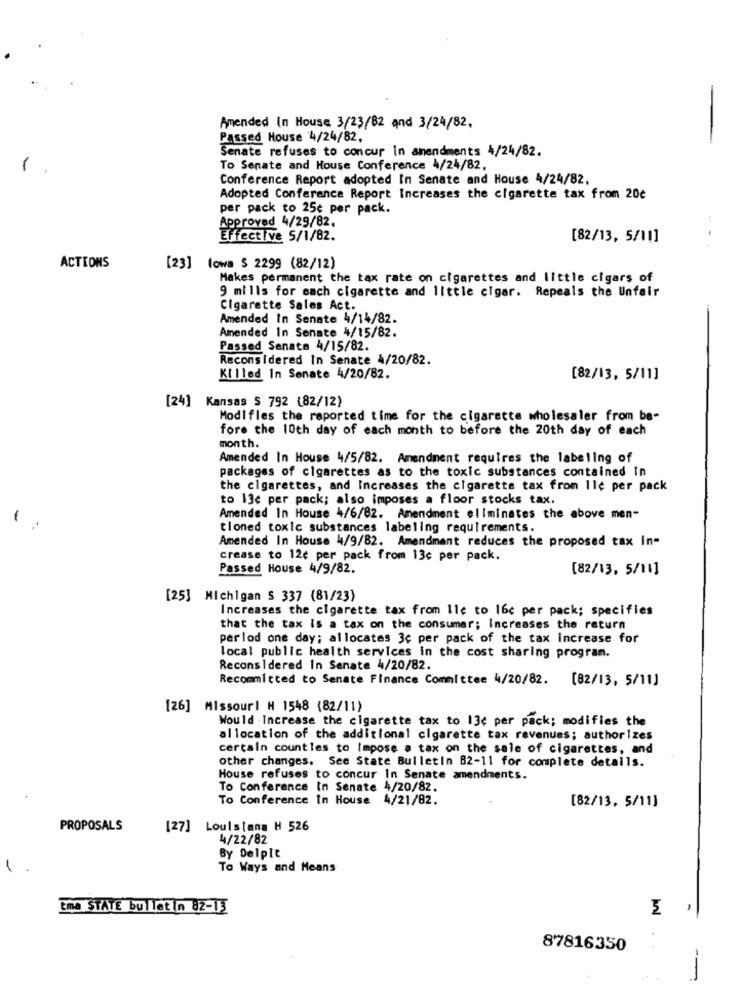
Amended In House 3/23/82 and 3/24/82.
Passed House 4/24/82.
-
Senate refuses to concur in amendments 4/24/82.
-
To Senate and House Conference 4/24/82.
Conference Report adopted In Senate and House 4/24/82.
Adopted Conference Report Increases the cigarette tax from 20€
per pack to 25c per pack.
Approved 4/29/82.
Effective 5/1/82.
[82/13, 5/11]
ACTIONS
[23] lowa $ 2299 (82/12)
Makes permanent the tax rate on cigarettes and little cigars of
9 mills for each cigarette and little cigar. Repeals the Unfair
Cigarette Sales Act.
Amended In Senate 4/14/82.
Amended In Senate 4/15/82.
Passed Senate 4/15/82.
Reconsidered In Senate 4/20/82.
Killed In Senate 4/20/82.
[82/13, 5/11]
[24] Kansas $ 792 (82/12)
Modifles the reported time for the cigarette wholesaler from be-
fore the 10th day of each month to before the 20th day of each
month.
Amended In House 4/5/82. Amendment requires the labeling of
packages of cigarettes as to the toxic substances contained In
the cigarettes, and Increases the cigarette tax from Ile per pack
to 13e per pack; also imposes a floor stocks tax.
-
Amended In House 4/6/82. Amendment eliminates the above men-
tloned toxic substances labeling requirements.
Amended In House 4/9/82. Amendment reduces the proposed tax In-
crease to 12¢ per pack from 13c per pack.
Passed House 4/9/82.
[82/13. 5/11]
[25] Michigan $ 337 (81/23)
Increases the cigarette tax from Ile to 16c per pack; specifies
that the tax is a tax on the consumer; Increases the return
perlod one day; allocates 3c per pack of the tax increase for
local public health services in the cost sharing program.
Reconsidered In Senate 4/20/82.
Recommitted to Senate Finance Committee 4/20/82. [82/13, 5/11]
[26] Missouri H 1548 (82/11)
Would . Increase the cigarette tax to 13c per pack; modifies the
allocation of the additional cigarette tax revenues; authorizes
cercaln countles to Impose a tax on the sale of cigarettes, and
other changes. See State Bulletin 82-11 for complete details.
House refuses to concur In Senate amendments.
To Conference In Senate 4/20/82.
To Conference In House 4/21/82.
[82/13. 5/11]
PROPOSALS
[27] Louisiana H 526
4/22/82
By Delpit
1.
To Ways and Means
tma STATE bulletin 82-13
-
87816350
. .